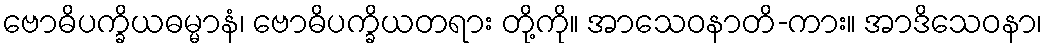
ဗောဓိပက္ခိယဓမ္မာနံ၊ ဗောဓိပက္ခိယတရား တို့ကို။ အာသေဝနာတိ-ကား။ အာဒိသေဝနာ၊